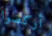
أركضوا